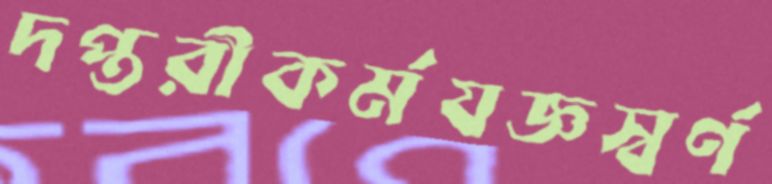
দপ্তরীকর্মযজ্ঞস্বর্ণ